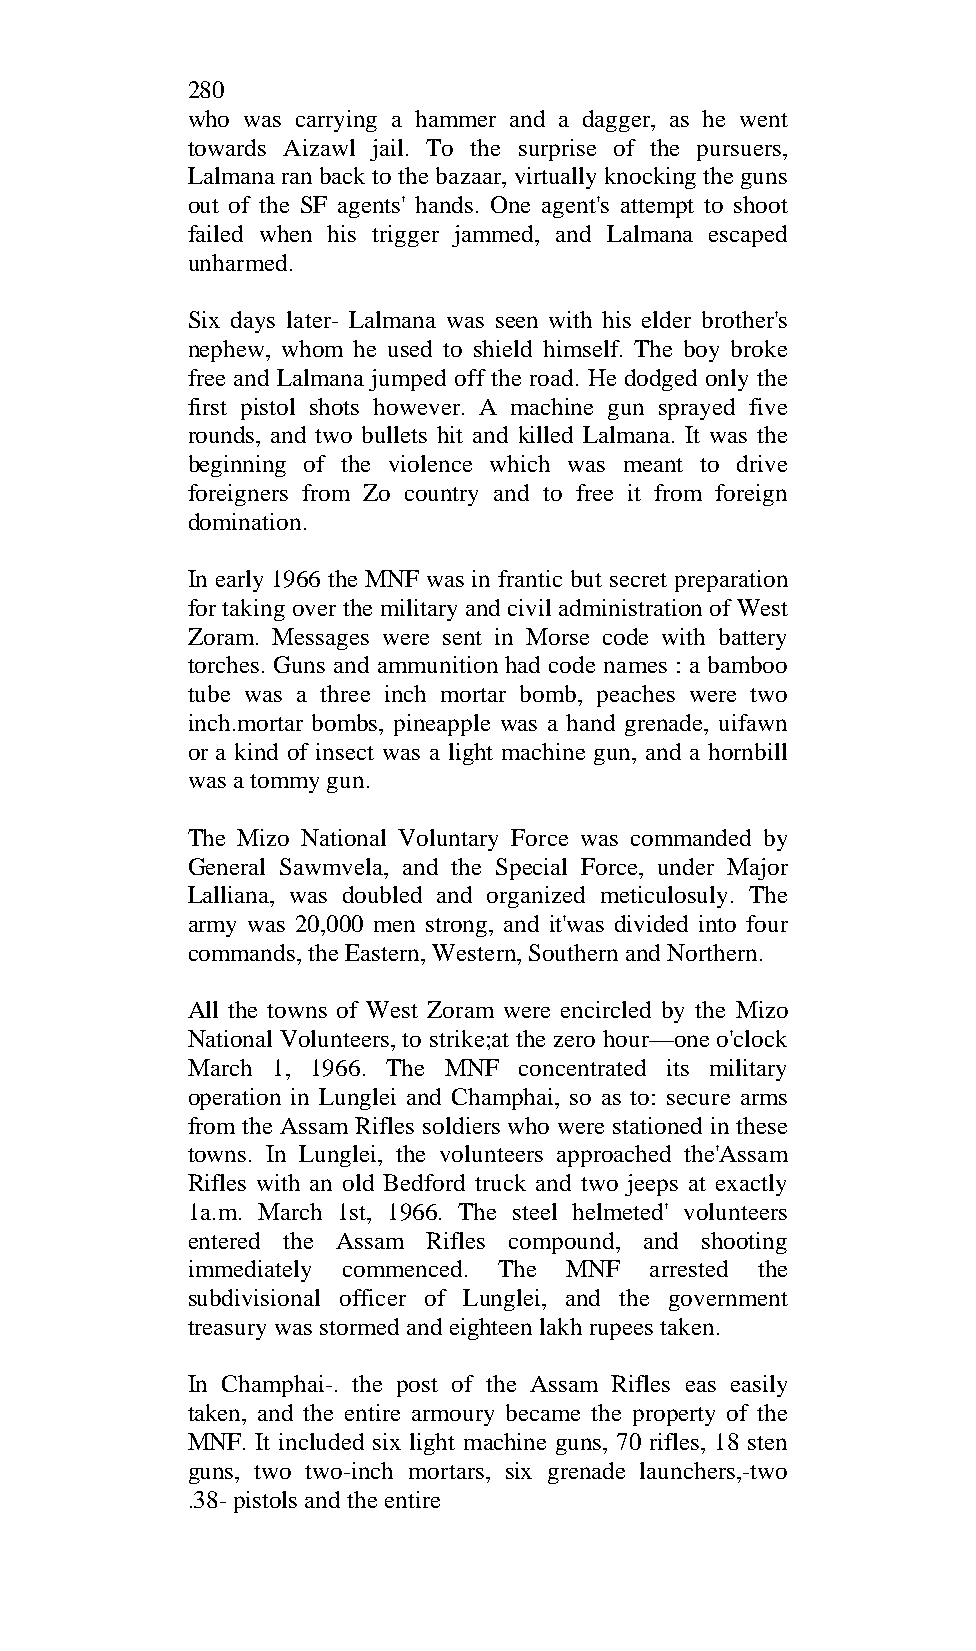
280
 who was carrying a hammer and a dagger, as he went
 towards Aizawl jail. To the surprise of the pursuers,
 Lalmana ran back to the bazaar, virtually knocking the guns
 out of the SF agents' hands. One agent's attempt to shoot
 failed when his trigger jammed, and Lalmana escaped
 unharmed.
 Six days later- Lalmana was seen with his elder brother's
 nephew, whom he used to shield himself. The boy broke
 free and Lalmana jumped off the road. He dodged only the
 first pistol shots however. A machine gun sprayed five
 rounds, and two bullets hit and killed Lalmana. It was the
 beginning of the violence which was meant to drive
 foreigners from Zo country and to free it from foreign
 domination.
 In early 1966 the MNF was in frantic but secret preparation
 for taking over the military and civil administration of West
 Zoram. Messages were sent in Morse code with battery
 torches. Guns and ammunition had code names : a bamboo
 tube was a three inch mortar bomb, peaches were two
 inch.mortar bombs, pineapple was a hand grenade, uifawn
 or a kind of insect was a light machine gun, and a hornbill
 was a tommy gun.
 The Mizo National Voluntary Force was commanded by
 General Sawmvela, and the Special Force, under Major
 Lalliana, was doubled and organized meticulosuly. The
 army was 20,000 men strong, and it'was divided into four
 commands, the Eastern, Western, Southern and Northern.
 All the towns of West Zoram were encircled by the Mizo
 National Volunteers, to strike;at the zero hour—one o'clock
 March 1, 1966. The MNF concentrated its military
 operation in Lunglei and Champhai, so as to: secure arms
 from the Assam Rifles soldiers who were stationed in these
 towns. In Lunglei, the volunteers approached the'Assam
 Rifles with an old Bedford truck and two jeeps at exactly
 1a.m. March 1st, 1966. The steel helmeted' volunteers
 entered the Assam Rifles compound, and shooting
 immediately commenced. The MNF arrested the
 subdivisional officer of Lunglei, and the government
 treasury was stormed and eighteen lakh rupees taken.
 In Champhai-. the post of the Assam Rifles eas easily
 taken, and the entire armoury became the property of the
 MNF. It included six light machine guns, 70 rifles, 18 sten
 guns, two two-inch mortars, six grenade launchers,-two
 .38- pistols and the entire